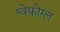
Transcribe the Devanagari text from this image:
श्वेफ़ोग्ल